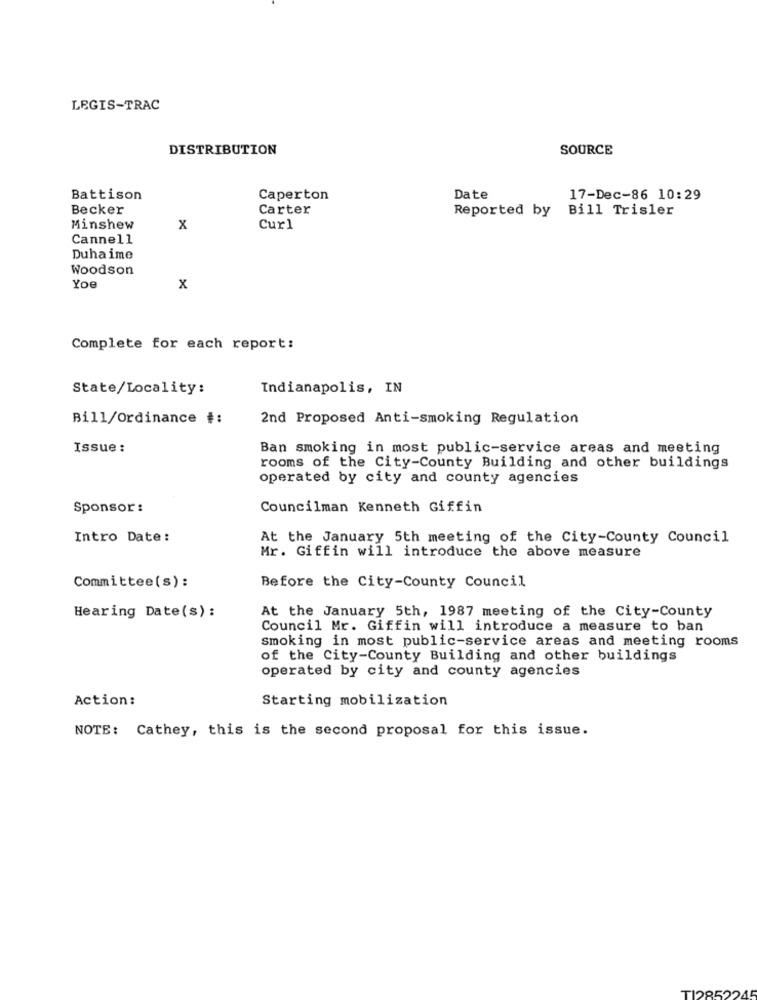
LEGIS-TRAC
DISTRIBUTION
SOURCE
Battison
Caperton
Date
17-Dec-86 10:29
Becker
Carter
Reported by
Bill Trisler
Minshew
x
Curl
Cannell
Duhaime
Woodson
Yoe
x
Complete for each report:
State/Locality:
Indianapolis, IN
Bill/Ordinance #:
2nd Proposed Anti-smoking Regulation
Issue:
Ban smoking in most public-service areas and meeting
rooms of the City-County Building and other buildings
operated by city and county agencies
Sponsor :
Councilman Kenneth Giffin
Intro Date:
At the January 5th meeting of the City-County Council
Mr. Giffin will introduce the above measure
Committee(s):
Before the City-County Council
At the January 5th, 1987 meeting of the City-County
Hearing Date(s):
Council Mr. Giffin will introduce a measure to ban
smoking in most public-service areas and meeting rooms
of the City-County Building and other buildings
operated by city and county agencies
Action :
Starting mobilization
NOTE: Cathey, this is the second proposal for this issue.
TI2852245